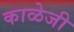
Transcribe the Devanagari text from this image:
काळेजी